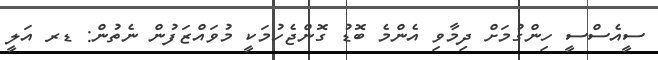
ސީއެސްސީ ހިންގުމަށް ދިމާވި އެންމެ ބޮޑު ގޮންޖެހުމަކީ މުވައްޒަފުން ނެތުން: ޑރ އަލީ